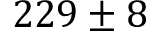
{ 2 2 9 \pm 8 }